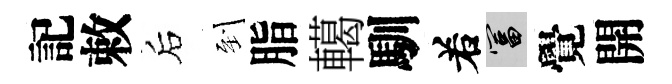
記敕后到脂轕馴𠰥富覺開